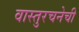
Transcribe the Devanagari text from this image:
वास्तुरचनेची